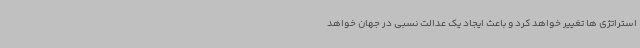
استراتژی ها تغییر خواهد کرد و باعث ایجاد یک عدالت نسبی در جهان خواهد